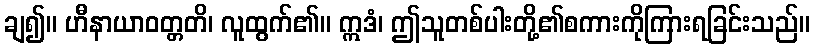
ချ၍။ ဟီနာယာဝတ္တတိ၊ လူထွက်၏။ ဣဒံ၊ ဤသူတစ်ပါးတို့၏စကားကိုကြားရခြင်းသည်။